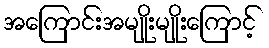
အကြောင်းအမျိုးမျိုးကြောင့်